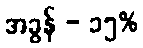
အခွန် - ၁၅%